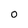
Character: O